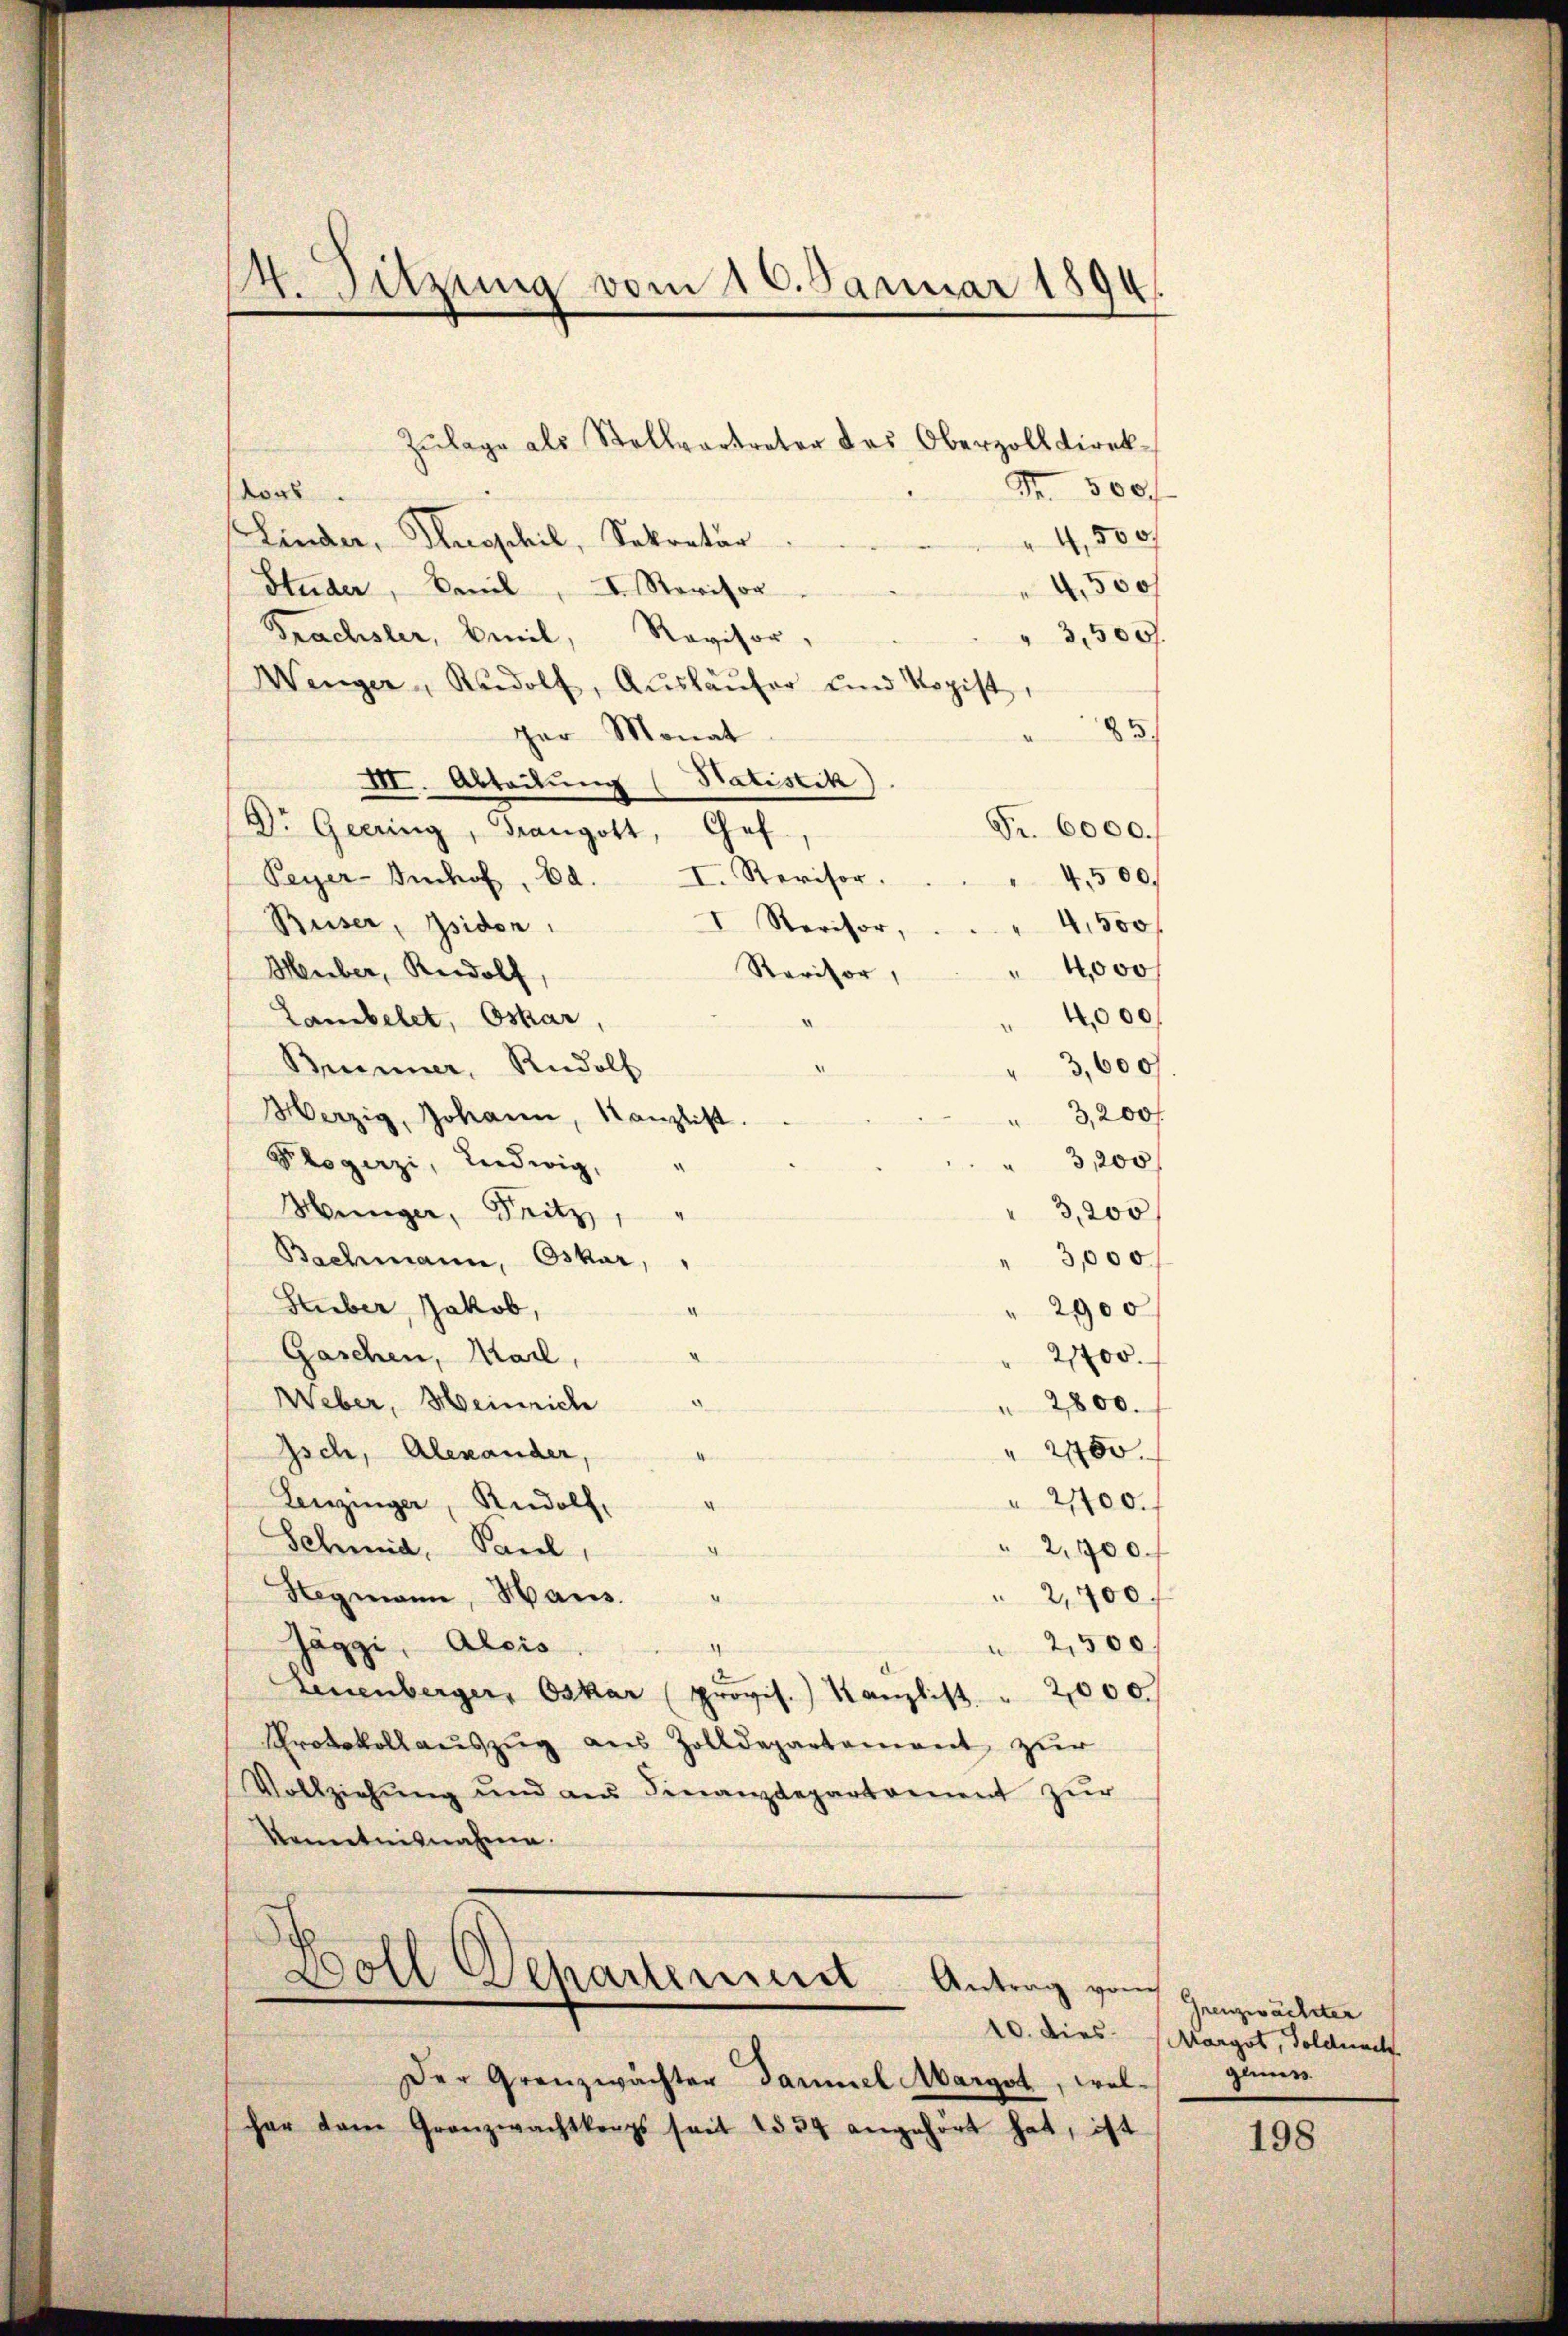
14. Sitzung vom 16. Januar 1894.

Zulage als Stellvertreter des Oberzolldirek
Fr. 500f
dors.
4,500
Linder, Hroschil, Sekretär
Studer, Sail, I. Revisor
4,500
Prachsler, beil, Revisor,
3,500.
Wenger, Rudolf, Aŭsläŭfer ŭnd Kopist
83
gar Monat
III. Abteilung (Statistik)
Fr. 6000.
Dr. Geering, Trangott, Chef.
Peyer-Inhof, Bd. I. Revisor.
4500.
I. Revisor
Buser, Isidon
4,500
4000
Revisor,
Huber, Rudolf
4,000
Lambelet, Oskar,
Brunner, Rudolf
3,600
Merzig, Johann, Kanzlist
3,200 f
3,200
Phogerzi, Liedwig,
3,200
Münger, Seitz
Bachmann, Oskar,
3,000
Stueber, Jakob,
.
2900
Gaschen, Karl,
2,700.
Weber, Heinrich
2800.
Isch, Alexander,
" 2400.
" 2700.
Lenzinger, Rudolf,
Schmid, Paul,
" 2,700 f
Hegmann, Haus.
2,400.
Jäggi, Alois.
2,500
Leuenberger, Oskar (provis. Kanzlist " 2000.
Protokollauszug aus Zolldepartement zur
Vollziehŭng und an Finanzdepartement zŭr
Kenntnisnahme.
Doll Departensiret. Antrag vor Ganzwächter

Der Granzwächter Dammel Margst, wollen.
har dem Granzwachtrags seit 1539 angehört hat, ist

10. Dies Margot, Soldnach

198